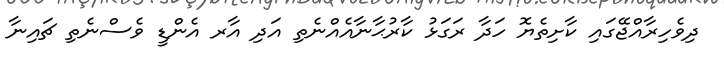
ދިވެހިރާއްޖޭގައި ކާށިތެޔޮ ހަދާ ރަގަޅު ކާރުޙާނާއެއްނެތި އަދި އާރ އެންޑީ ވެސްނެތި ޗައިނާ